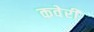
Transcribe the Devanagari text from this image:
कवेरी